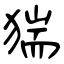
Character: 猯